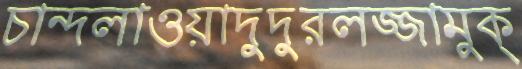
চান্দলাওয়াদুদুরলজ্জামুক্